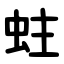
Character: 蛀